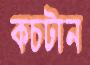
কচটান